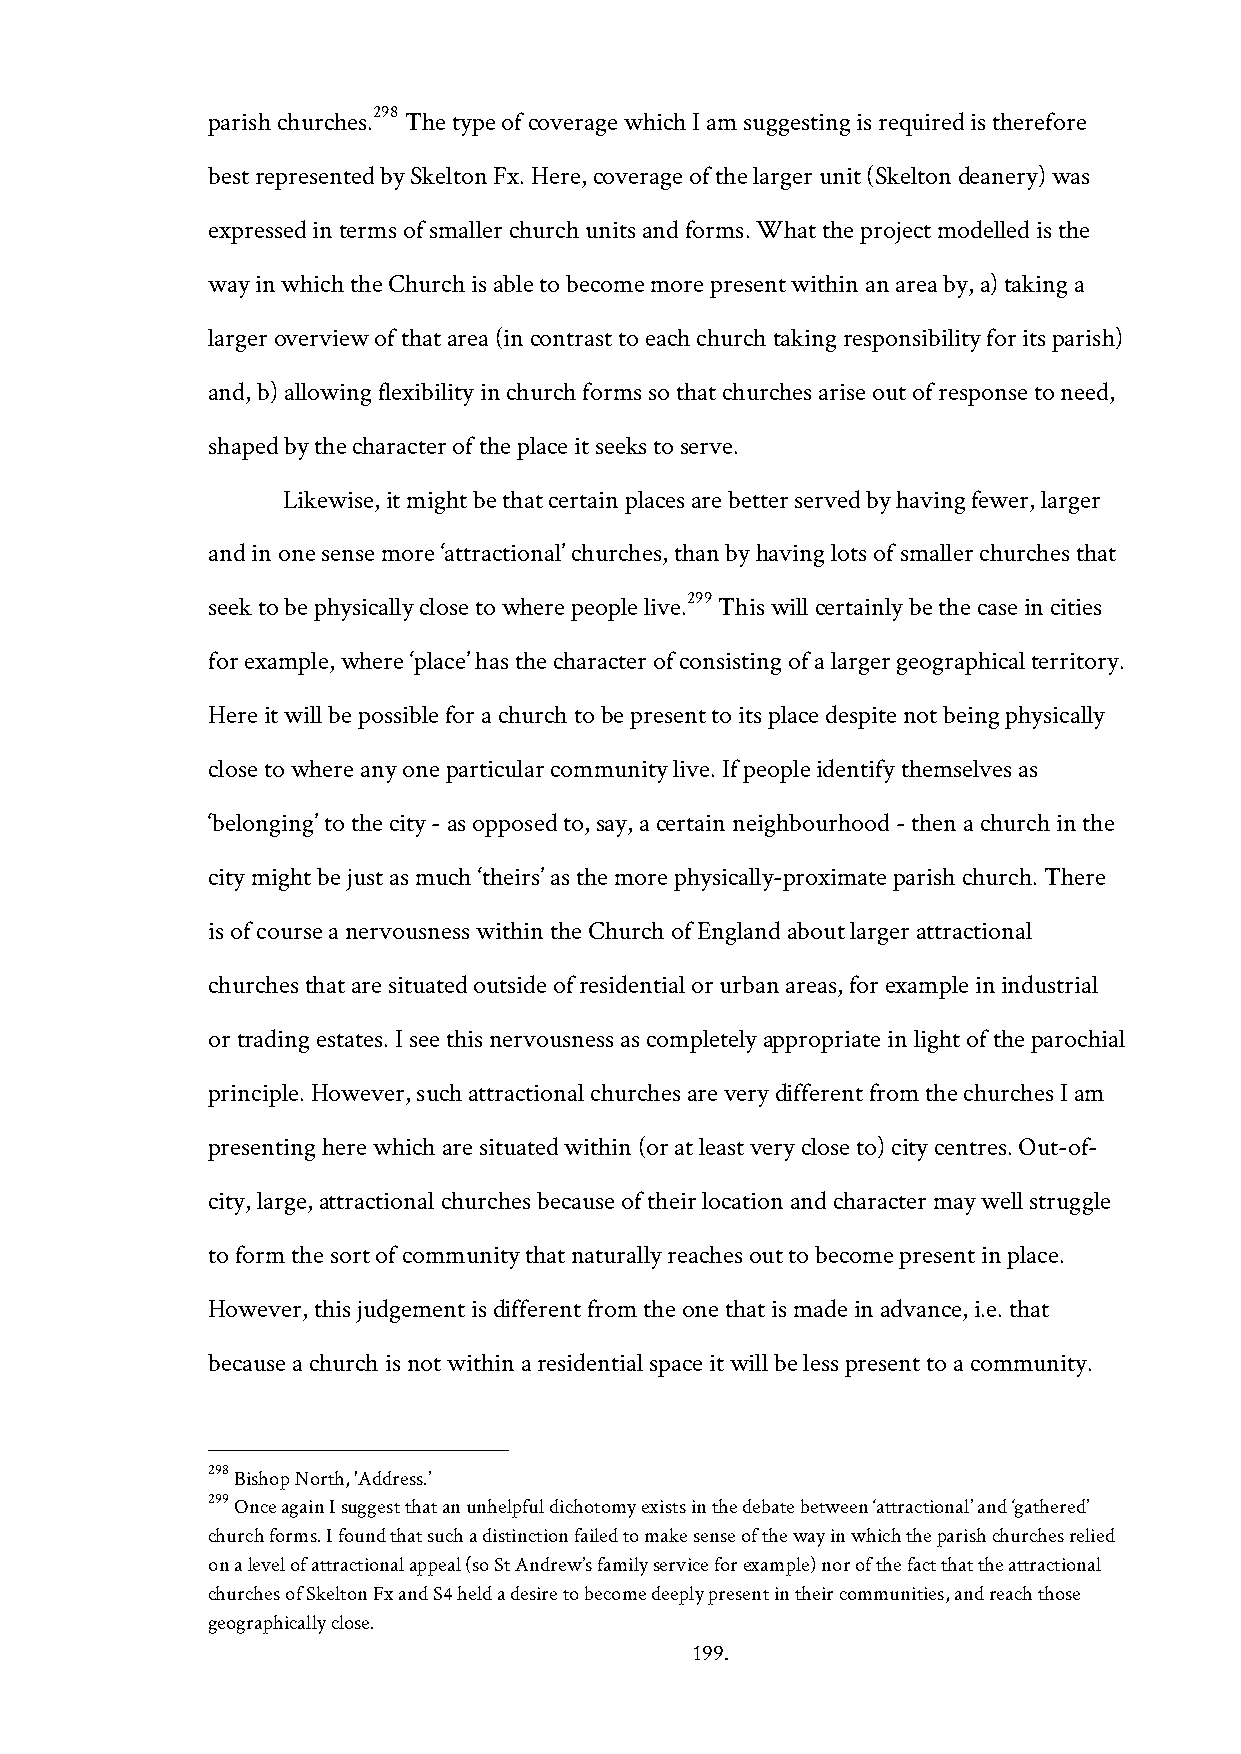
298
 parish churches. The type of coverage which I am suggesting is required is therefore
 best represented by Skelton Fx. Here, coverage of the larger unit (Skelton deanery) was
 expressed in terms of smaller church units and forms. What the project modelled is the
 way in which the Church is able to become more present within an area by, a) taking a
 larger overview of that area (in contrast to each church taking responsibility for its parish)
 and, b) allowing flexibility in church forms so that churches arise out of response to need,
 shaped by the character of the place it seeks to serve.
 Likewise, it might be that certain places are better served by having fewer, larger
 and in one sense more ‘attractional’ churches, than by having lots of smaller churches that
 299
 seek to be physically close to where people live. This will certainly be the case in cities
 for example, where ‘place’ has the character of consisting of a larger geographical territory.
 Here it will be possible for a church to be present to its place despite not being physically
 close to where any one particular community live. If people identify themselves as
 ‘belonging’ to the city - as opposed to, say, a certain neighbourhood - then a church in the
 city might be just as much ‘theirs’ as the more physically-proximate parish church. There
 is of course a nervousness within the Church of England about larger attractional
 churches that are situated outside of residential or urban areas, for example in industrial
 or trading estates. I see this nervousness as completely appropriate in light of the parochial
 principle. However, such attractional churches are very different from the churches I am
 presenting here which are situated within (or at least very close to) city centres. Out-of-
 city, large, attractional churches because of their location and character may well struggle
 to form the sort of community that naturally reaches out to become present in place.
 However, this judgement is different from the one that is made in advance, i.e. that
 because a church is not within a residential space it will be less present to a community.
 298 Bishop North, 'Address.’
 299 Once again I suggest that an unhelpful dichotomy exists in the debate between ‘attractional’ and ‘gathered’
 church forms. I found that such a distinction failed to make sense of the way in which the parish churches relied
 on a level of attractional appeal (so St Andrew’s family service for example) nor of the fact that the attractional
 churches of Skelton Fx and S4 held a desire to become deeply present in their communities, and reach those
 geographically close.
 199.